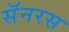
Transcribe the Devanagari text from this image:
सॅनरस